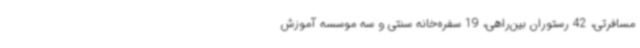
مسافرتی، 42 رستوران بین‌راهی، 19 سفره‌خانه سنتی و سه موسسه آموزش